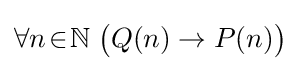
\forall n\!\in \!\mathbb {N} \;{\bigl (}Q(n)\rightarrow P(n){\bigr )}